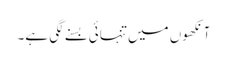
آنکھوں میں تنہائی بسنے لگی ہے۔